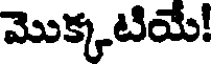
మొక్కటియే!